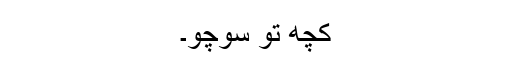
کچھ تو سوچو۔